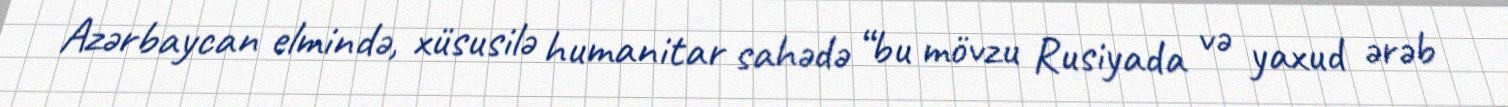
Azərbaycan elmində, xüsusilə humanitar sahədə “bu mövzu Rusiyada və yaxud ərəb